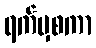
ရက်မှစကာ